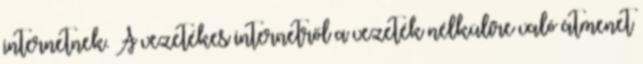
internetnek. A vezetékes internetről a vezeték nélkülire való átmenet